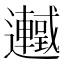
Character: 𬩰